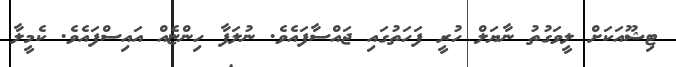
ޓިޝޫއަކަށް ލީވަގުތު ނާޔަލް ހުރީ ފަހަތުގައި ޖައްސާފައެވެ. ނުލަފާ ހިންޏެއް އައިސްފައެވެ. ކެމީލާ